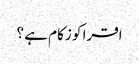
اقرا کو زکام ہے ؟